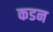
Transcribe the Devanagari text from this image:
कडन